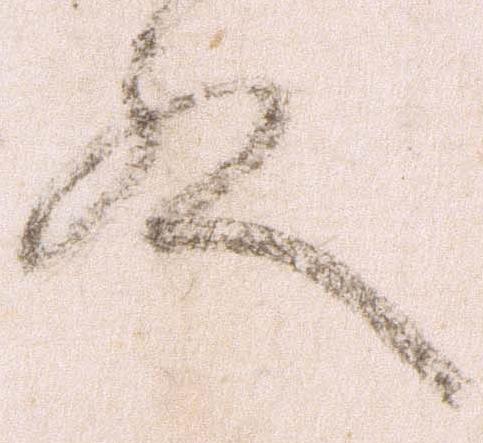
殿